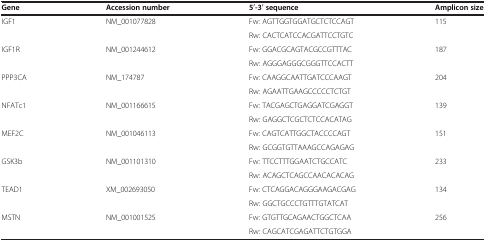
| Gene | Accession number | 5′-3′sequence | Amplicon size |
 | --- | --- | --- | --- |
 | IGF1 | NM_001077828 | Fw: AGTTGGTGGATGCTCTCCAGT | 115 |
 |  |  | Rw: CACTCATCCACGATTCCTGTC |  |
 | IGF1R | NM_001244612 | Fw: GGACGCAGTACGCCGTTTAC | 187 |
 |  |  | Rw: AGGGAGGGCGGGTTCCACTT |  |
 | PPP3CA | NM_174787 | Fw: CAAGGCAATTGATCCCAAGT | 204 |
 |  |  | Rw: AGAATTGAAGCCCCCTCTGT |  |
 | NFATc1 | NM_001166615 | Fw: TACGAGCTGAGGATCGAGGT | 139 |
 |  |  | Rw: GAGGCTCGCTCTCCACATAG |  |
 | MEF2C | NM_001046113 | Fw: CAGTCATTGGCTACCCCAGT | 151 |
 |  |  | Rw: GCGGTGTTAAAGCCAGAGAG |  |
 | GSK3b | NM_001101310 | Fw: TTCCTTTGGAATCTGCCATC | 233 |
 |  |  | Rw: ACAGCTCAGCCAACACACAG |  |
 | TEAD1 | XM_002693050 | Fw: CTCAGGACAGGGAAGACGAG | 134 |
 |  |  | Rw: GGCTGCCCTGTTTGTATCAT |  |
 | MSTN | NM_001001525 | Fw: GTGTTGCAGAACTGGCTCAA | 256 |
 |  |  | Rw: CAGCATCGAGATTCTGTGGA |  |